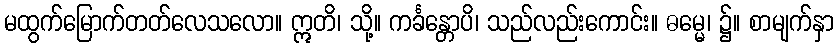
မထွက်မြောက်တတ်လေသလော။ ဣတိ၊ သို့။ ကင်္ခန္တောပိ၊ သည်လည်းကောင်း။ ဓမ္မေ၊ ၌။ စာမျက်နှာ